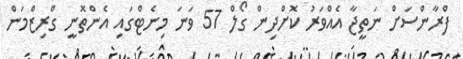
ފްރާންސަށް ނަތީޖާ އެއްވަރު ކޮށްދިން ގޯލް 57 ވަނަ މިނެޓްގައި އެންތޮނީ ގްރިޒްމަން